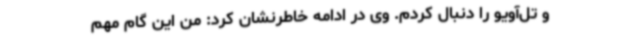
و تل‌آویو را دنبال کردم. وی در ادامه خاطرنشان کرد: من این گام مهم